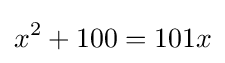
x^{2}+100=101x